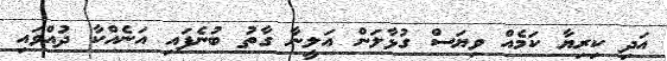
އަދި ކިރިޔާ ކަމެއް ވިޔަސް ގުޅާލަން އަލީނާ ގާތު ބުނެފައި އަނެއްކާ ދުއްވައި